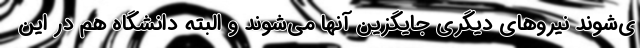
ی‌شوند نیروهای دیگری جایگزین آنها می‌شوند و البته دانشگاه هم در این